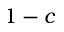
1 - c